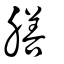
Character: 膳